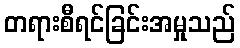
တရားစီရင်ခြင်းအမှုသည်